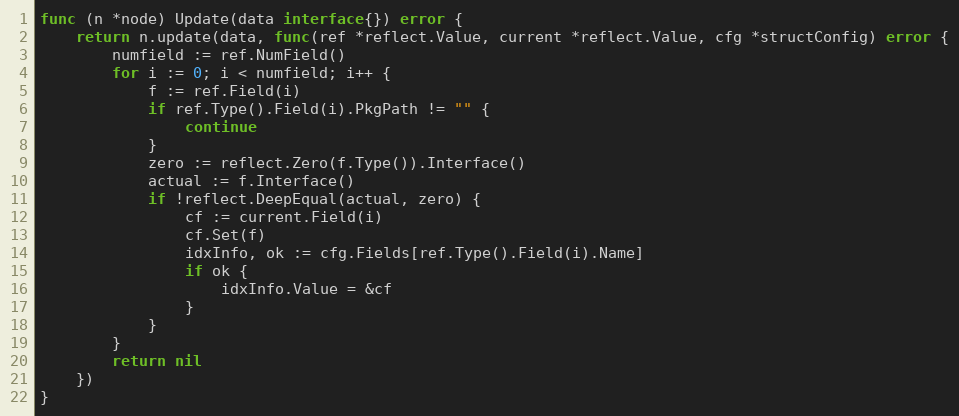
Language: Go
func (n *node) Update(data interface{}) error {
	return n.update(data, func(ref *reflect.Value, current *reflect.Value, cfg *structConfig) error {
		numfield := ref.NumField()
		for i := 0; i < numfield; i++ {
			f := ref.Field(i)
			if ref.Type().Field(i).PkgPath != "" {
				continue
			}
			zero := reflect.Zero(f.Type()).Interface()
			actual := f.Interface()
			if !reflect.DeepEqual(actual, zero) {
				cf := current.Field(i)
				cf.Set(f)
				idxInfo, ok := cfg.Fields[ref.Type().Field(i).Name]
				if ok {
					idxInfo.Value = &cf
				}
			}
		}
		return nil
	})
}